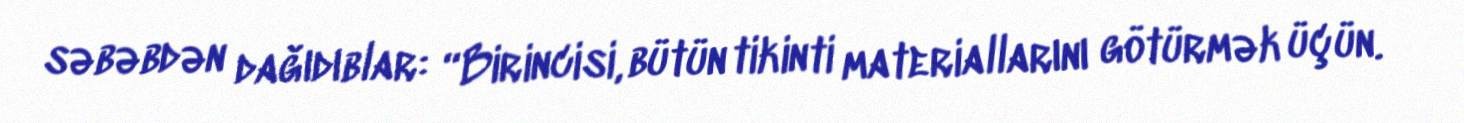
səbəbdən dağıdıblar: “Birincisi, bütün tikinti materiallarını götürmək üçün.